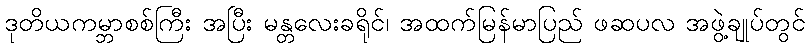
ဒုတိယကမ္ဘာစစ်ကြီး အပြီး မန္တလေးခရိုင်၊ အထက်မြန်မာပြည် ဖဆပလ အဖွဲ့ချုပ်တွင်